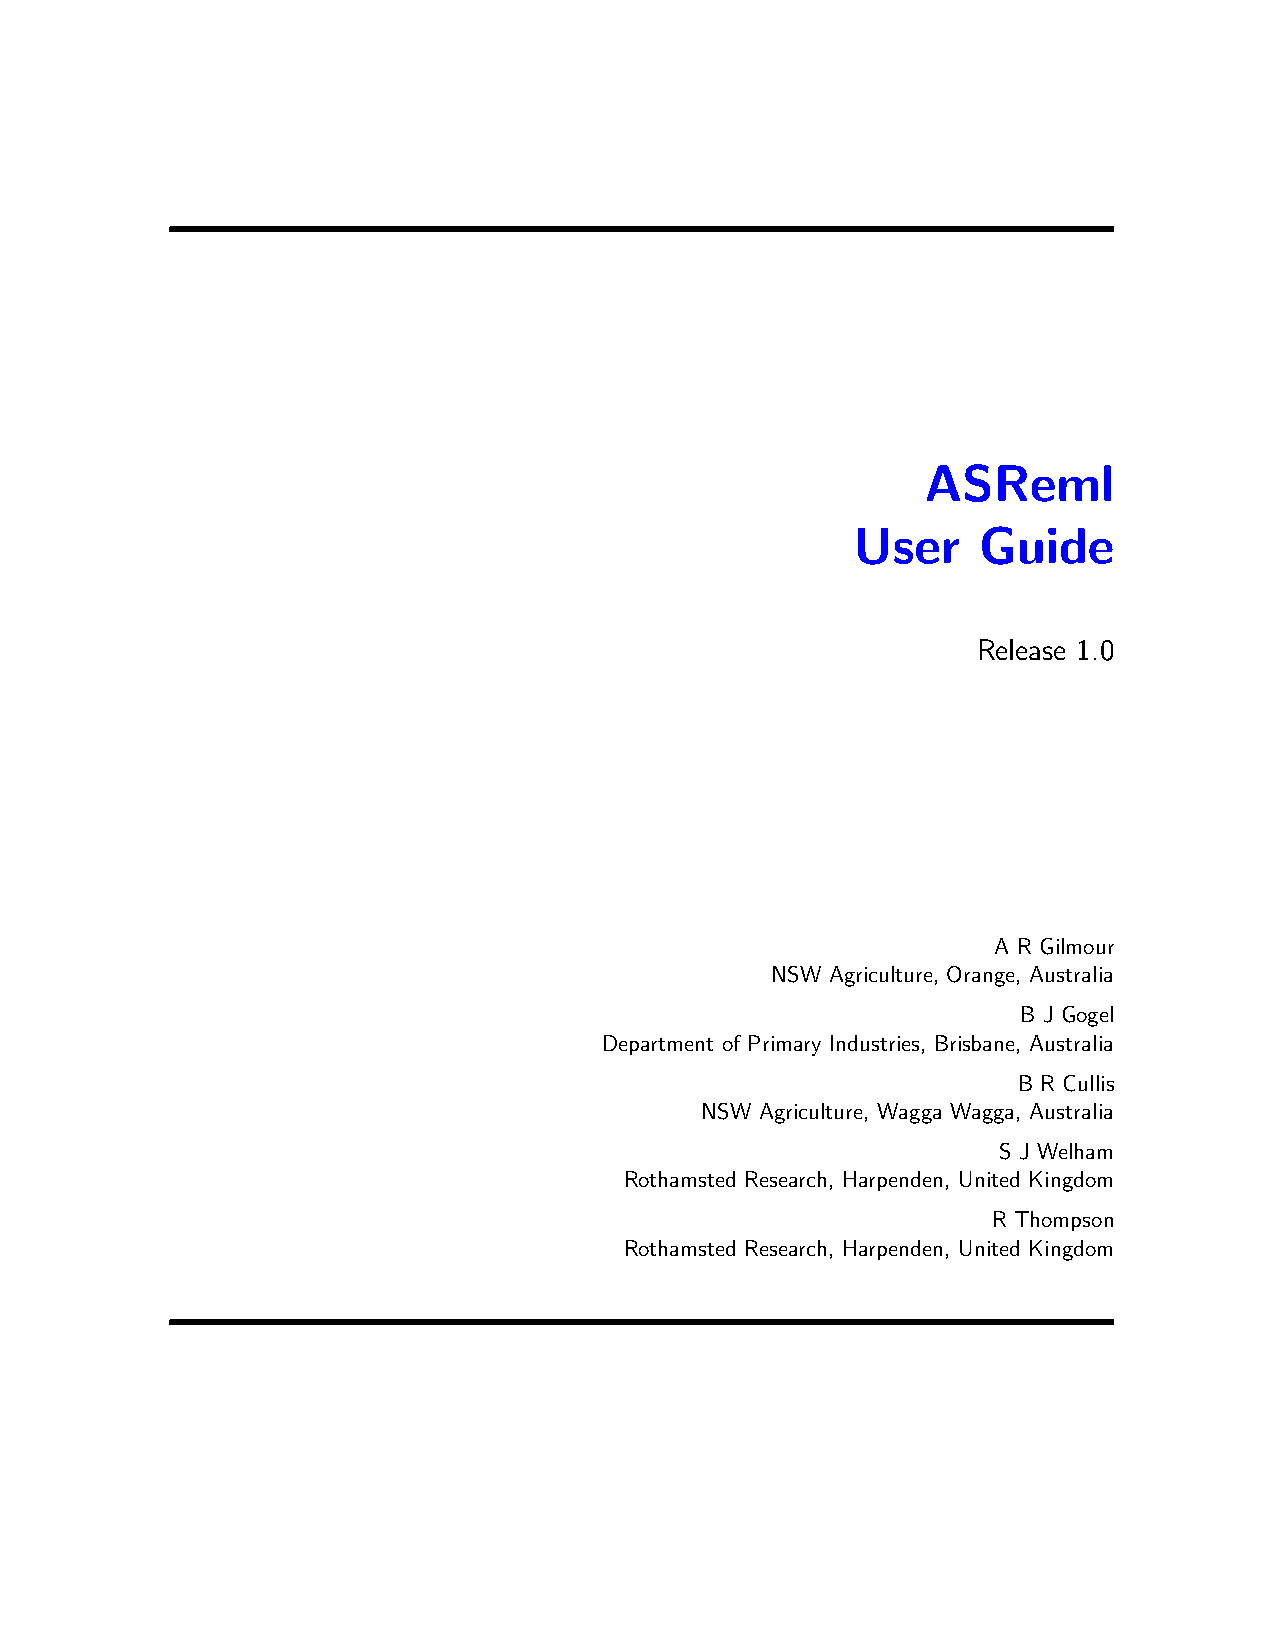
ASReml
 User     Guide
 Release 1.0
 A R Gilmour
 NSW Agriculture, Orange, Australia
 B J Gogel
 Department of Primary Industries, Brisbane, Australia
 B R Cullis
 NSW Agriculture, Wagga Wagga, Australia
 S J Welham
 Rothamsted Research, Harpenden, United Kingdom
 R Thompson
 Rothamsted Research, Harpenden, United Kingdom